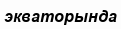
экваторында